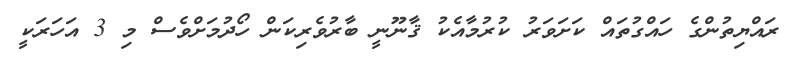
ރައްޔިތުންގެ ހައްގުތައް ކަށަވަރު ކުރުމާއެކު ޤާނޫނީ ބާރުވެރިކަން ހޯދުމަށްވެސް މި 3 އަހަރަކީ